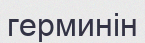
герминін